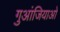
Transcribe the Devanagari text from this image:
गुआंजियाओ